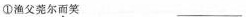
①渔父莞尔而笑___